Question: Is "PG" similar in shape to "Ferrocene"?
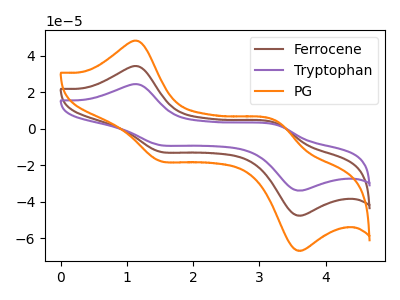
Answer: <think>The brown curve "Ferrocene" has anodic peaks at (1.15V, 34.25uA) (3.25V, 2.85uA) and cathodic peaks at (1.50V, -12.50uA) (3.55V, -47.35uA). The purple curve "Tryptophan" has anodic peaks at (1.15V, 68.55uA) (3.25V, 5.75uA) and cathodic peaks at (1.50V, -25.00uA) (3.55V, -94.65uA). The orange curve "PG" has anodic peaks at (1.15V, 48.10uA) (3.25V, 4.05uA) and cathodic peaks at (1.50V, -17.55uA) (3.55V, -66.45uA).
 All the peaks in "PG" have a peak in "Ferrocene" at the same potential. Every peak in "PG" is higher than every peak in "Ferrocene".</think>
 <answer>"PG" and "Ferrocene" are similar in shape.</answer>
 <eval>same_shape</eval>